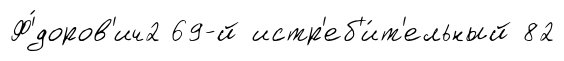
Ф'́доров'ич2 69-й истр'еб'и́т'ельный 82